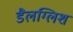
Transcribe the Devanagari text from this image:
डैलग्लिश